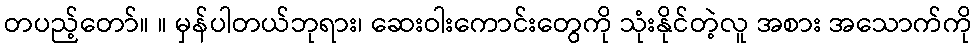
တပည့်တော်။ ။ မှန်ပါတယ်ဘုရား၊ ဆေးဝါးကောင်းတွေကို သုံးနိုင်တဲ့လူ အစား အသောက်ကို